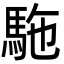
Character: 駞